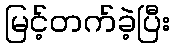
မြင့်တက်ခဲ့ပြီး